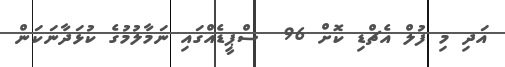
އަދި މި ފުލް އެޗްޑި ކޮށް 96  ސްޕީޑެއްގައި ނަމާލުމުގެ ކުޅަދާނަކަން